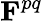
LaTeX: \mathbf{F}^{pq}